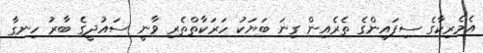
އެމެރިކާގެ ސިފައިންގެ ތެރެއިން ގިނަ ބަޔަކު ހަރަކާތްތެރި ވާނީ ސައުދީގެ ބާރު ހިނގާ